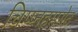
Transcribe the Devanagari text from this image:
चिप्प्नहमगेट